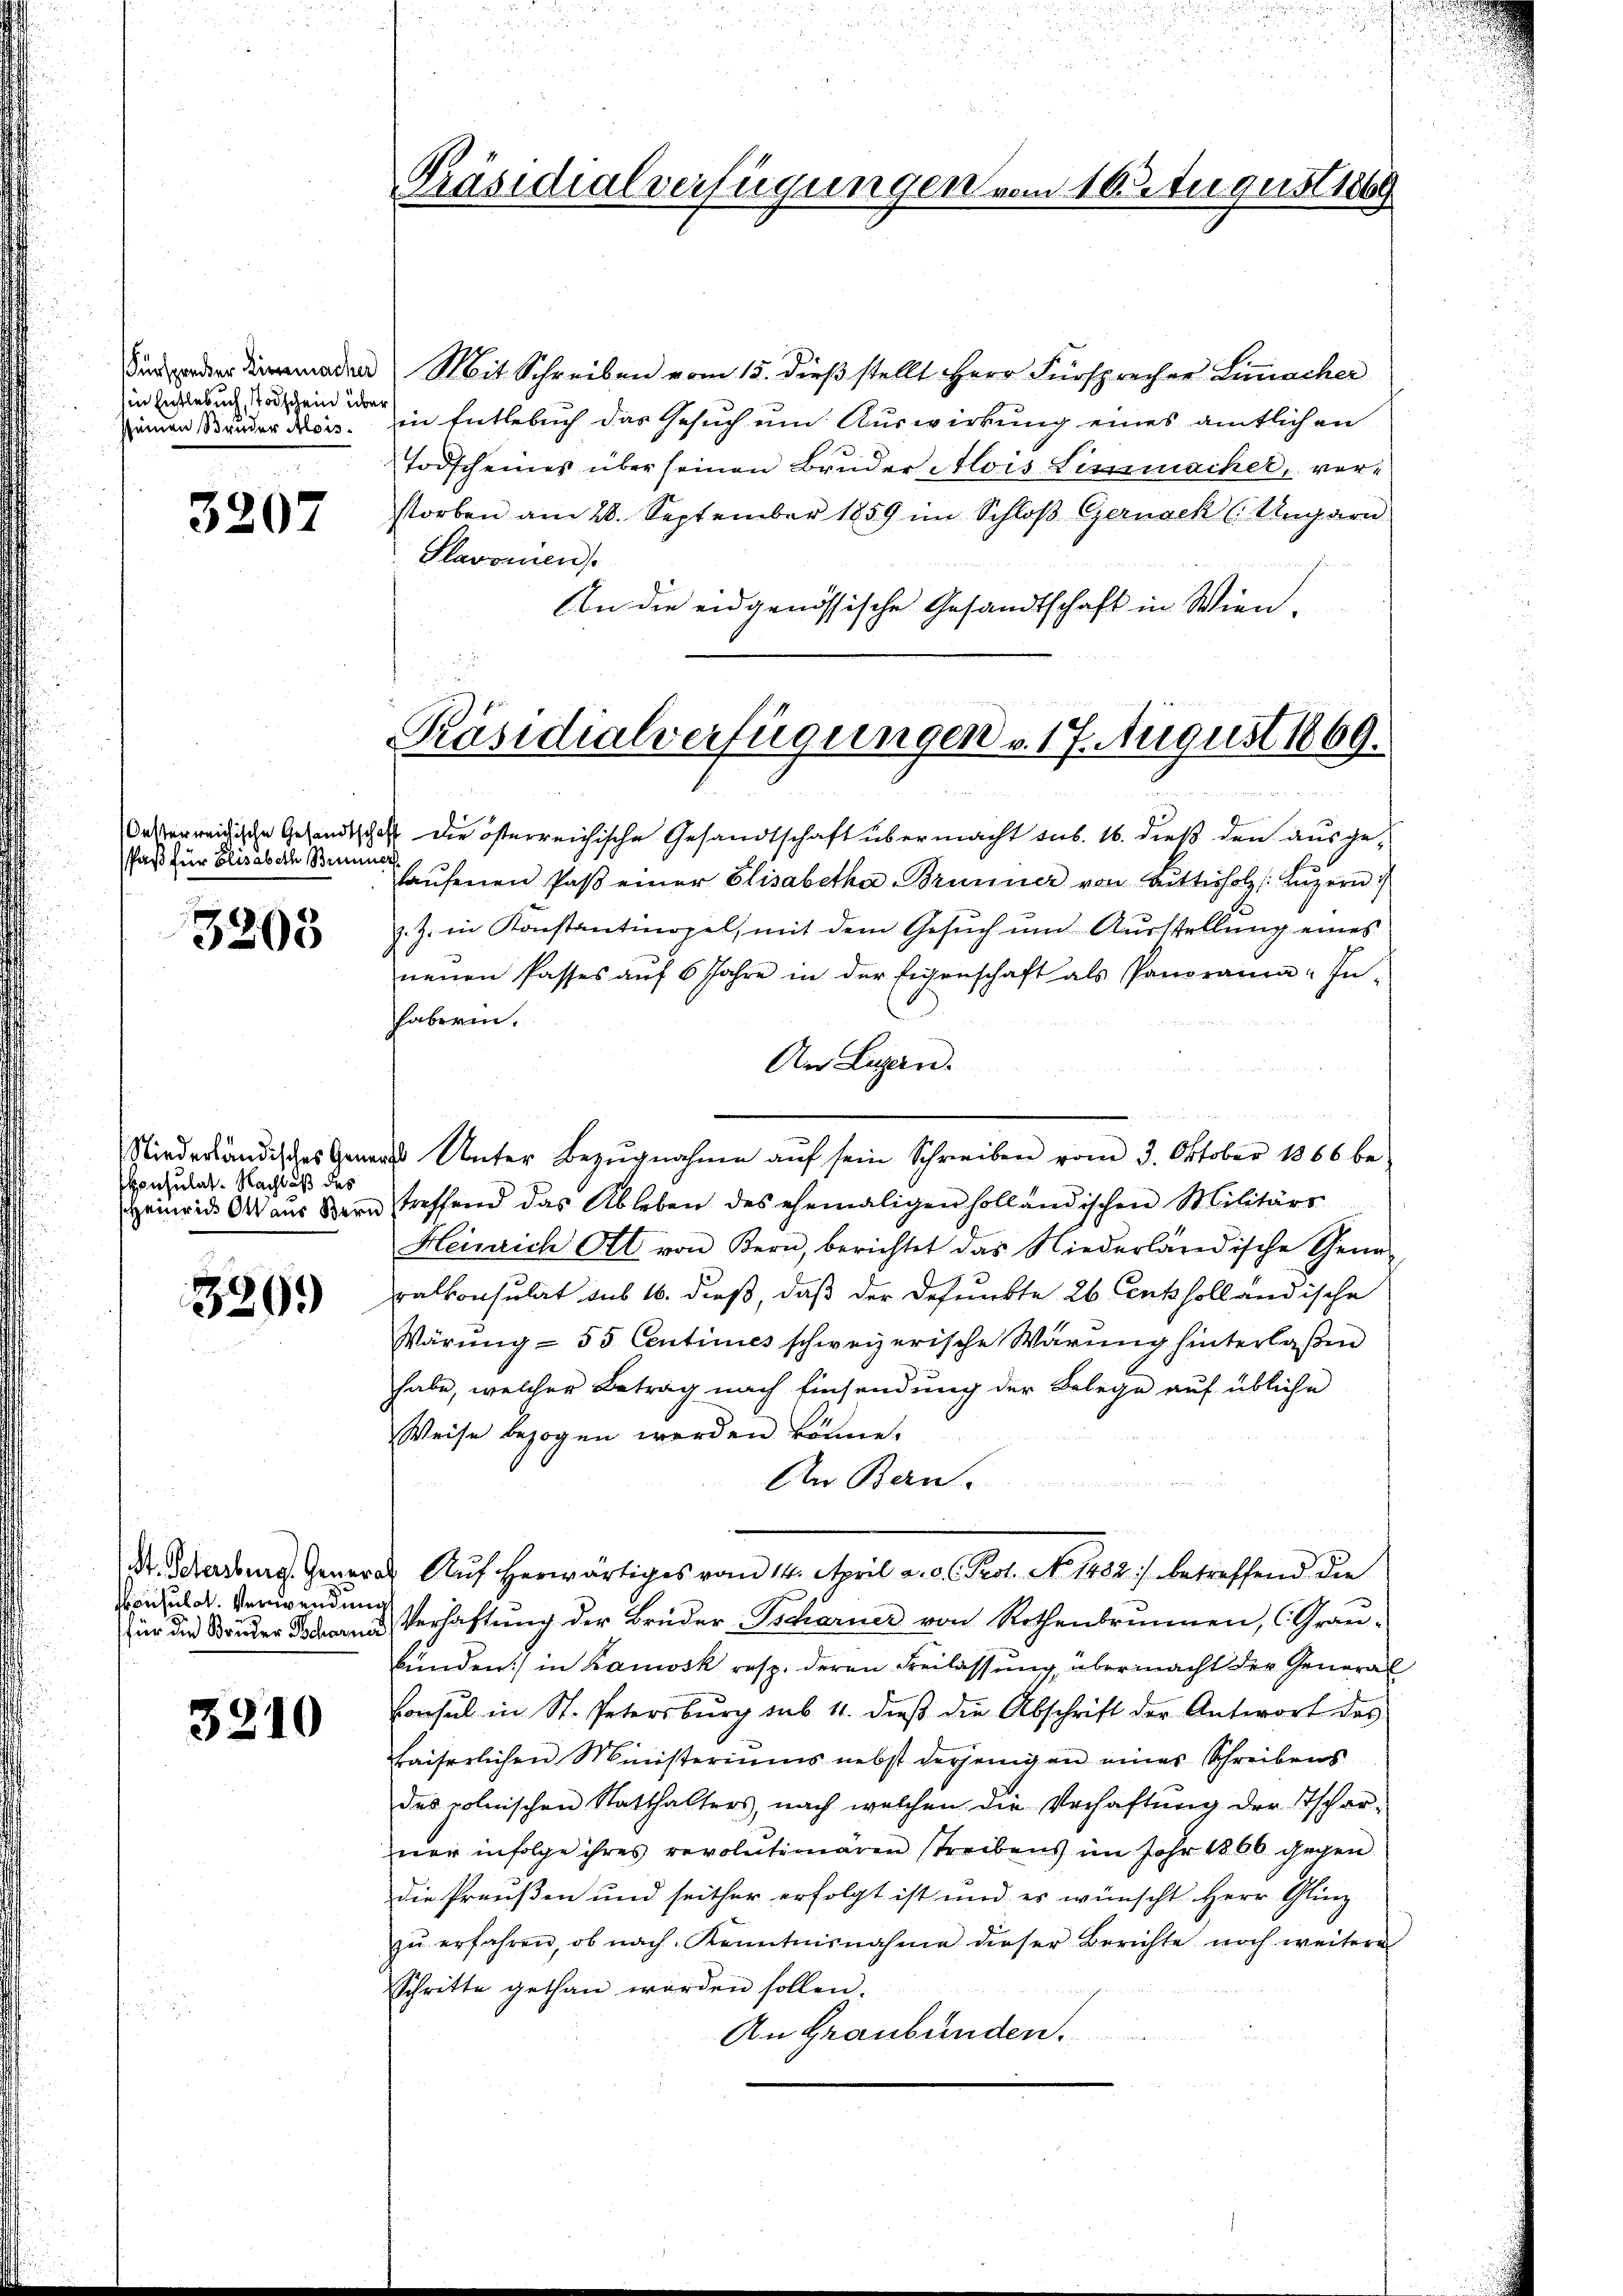
Fürsprecher Liegemacher
sin Entlebuch, Todschein über
sseinen Bruder Alois.

3207

Paß für Elisabeth Brenner

3203

konsulat. Nachlaß des

3269

onsulat. Verwendung

3210

Präsidialverfügungen vom 10 August 1869

Präsidialverfügungen v. 17. August 1869.

Mit Schreiben vom 15. dieß stellt Herr Fürsprecher Limacher
in Entlebuch das Gesuch um Auswirkung eines amtlichen
Todscheines über seinen Bruder Alois Limmacher, vor-
storben am 28. September 1859 im Schloß Gernack (Ungarn
Slavonien
d
An die eidgenössische Gesandtschaft in Wien-

B 27
v
asterreichische Gesandtschaft die österreichische Gesandtschaft übermacht sub. 16. dieß den ausge-

laŭfenen Paβ einer Elisabetha Brunner von Bŭtterholz Lŭzern
z. Z. in Konstantinopel, mit dem Gesuch und Ausstellung eines
neŭen Passes aŭf 6 Jahre in der Eigenschaft als Panoranen-In-
haberin.
An Ligen.
u
Niederländisches Gener Unter Bezŭgnahme aŭf sein Schreiben vom 3. Oktober 1866 be-
Heinrid Ott aus Bern treffend das Ableben des ehemaligen holländischen Militärs
Heinrich Ott von Bern, berichtet das Niederländische Gene-
ralkonsulat aus 16. dieß, daß der Befunkte 26. Cenkholländische
Wärŭng - 55 Centimes schweizerische Wärŭng hinterlaßen
habe, welcher Betrag nach Einsendung der Belege auf übliche
Weise bezogen werden könne.
An Bern.
Dr. Scharburg. Generath Auf herwärtiges vom 14. April a. d. Prof. No. 1882 betreffend die
für die Bänder Bern Verhaftŭng der Brüder Tscharner von Rothenbrunnen, CGrau-
bunden in Kanosk resp. deren Freilassung, übermacht der General
Consul in St. Petersburg sub 11. dieβ die Abschrift der Antwort des
Waiserlichen Ministeriums nebst derjenigen eines Schreibens
des polnischen Statthalters, nach welchen die Verhaftung der Tschar-
ner infolge ihres revolutionären streibens im Jahr 1866 gegen
die Preußen und seither erfolgt ist und es wünscht Herr Glinz
zŭ erfahren, ob nach Kenntnisnahme dieser Berichte noch weitere
Schritte gethan werden sollen.
An Graubünden.